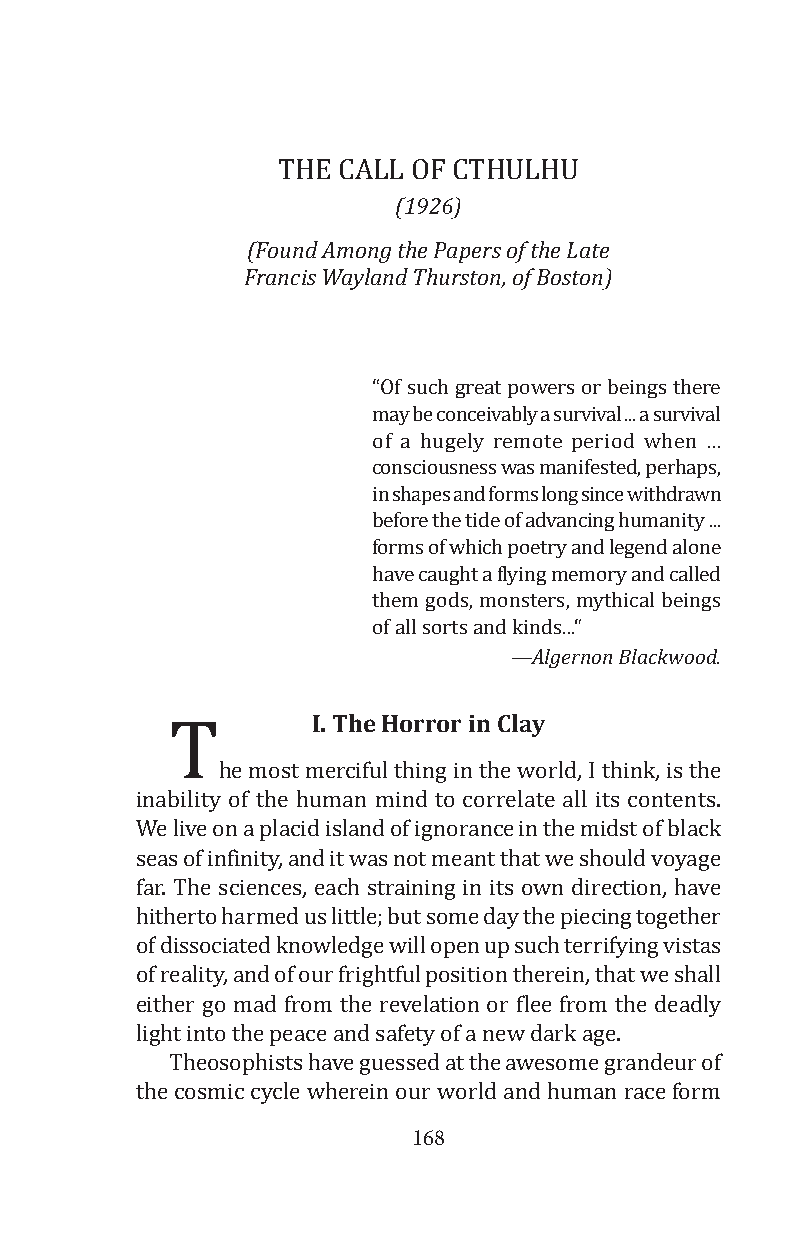
(1926)
 The CAll OF CThulhu
 (Found Among the Papers of the Late
 Francis Wayland Thurston, of Boston)
 “Of such great powers or beings there
 may be conceivably a survival ... a survival
 of a hugely remote period when ...
 consciousness was manifested, perhaps,
 in shapes and forms long since withdrawn
 before the tide of advancing humanity ...
 forms of which poetry and legend alone
 have caught a flying memory and called
 them gods, monsters, mythical beings
 —Algernon Blackwood.
 of all sorts and kinds...“
 I. The Horror in Clay
 he most merciful thing in the world, i think, is the
 inability of the human mind to correlate all its contents.
 We live on a placid island of ignorance in the midst of black
 seaTs of infinity, and it was not meant that we should voyage
 far. The sciences, each straining in its own direction, have
 hitherto harmed us little; but some day the piecing together
 of dissociated knowledge will open up such terrifying vistas
 of reality, and of our frightful position therein, that we shall
 either go mad from the revelation or flee from the deadly
 light into the peace and safety of a new dark age.
 Theosophists have guessed at the awesome grandeur of
 the cosmic cycle wherein ou1r6 8world and human race form